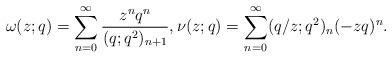
LaTeX: \begin{align*}\omega(z;q)=\sum_{n=0}^{\infty} \frac{z^n q^{n}}{(q;q^2)_{n+1}}, \nu(z;q)=\sum_{n=0}^{\infty} (q/z;q^2)_n (-zq)^n. \end{align*}